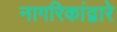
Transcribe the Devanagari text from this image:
नागरिकांद्वारे